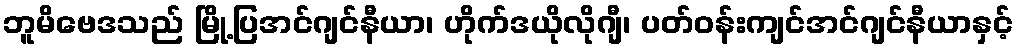
ဘူမိဗေဒသည် မြို့ပြအင်ဂျင်နီယာ၊ ဟိုက်ဒယိုလိုဂျီ၊ ပတ်ဝန်းကျင်အင်ဂျင်နီယာနှင့်